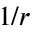
1 / r